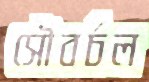
সৌবর্চল